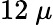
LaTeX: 12\ \mu